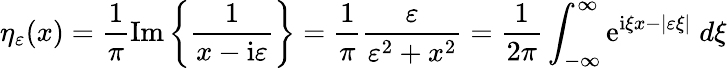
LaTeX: \eta_{\varepsilon}(x)={\frac{1}{\pi}}\mathrm{Im}\left\{ {\frac{1}{x-\mathrm{i}\varepsilon}}\right\} ={\frac{1}{\pi}}{\frac{\varepsilon}{\varepsilon^{2}+x^{2}}}={\frac{1}{2\pi}}\int_{-\infty}^{\infty}\mathrm{e}^{\mathrm{i}\xi x-|\varepsilon\xi|}\; d\xi